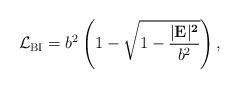
LaTeX: \begin{align*}\mathcal{L}_{\rm BI} = b^2\left(1-\sqrt{1-\frac{|\bf E|^2}{b^2}}\right),\end{align*}